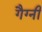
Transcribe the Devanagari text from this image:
गैग्नी